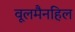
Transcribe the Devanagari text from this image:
वूलमैनहिल